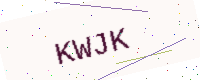
Text: KWJK